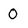
Character: 0